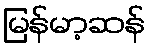
မြန်မာ့ဆန်